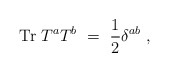
\begin{align*}{\rm Tr} \; T^a T^b~=~\frac{1}{2}\delta^{ab} \; ,\end{align*}